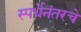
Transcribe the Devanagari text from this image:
स्पर्धेनंतरचे